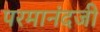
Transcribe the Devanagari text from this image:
परमानंदजी